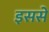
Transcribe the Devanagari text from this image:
इससेे